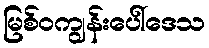
မြစ်ဝကျွန်းပေါ်ဒေသ